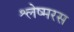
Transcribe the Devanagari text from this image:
श्लेष्मरस